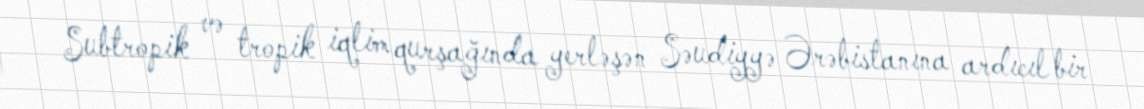
Subtropik və tropik iqlim qurşağında yerləşən Səudiyyə Ərəbistanına ardıcıl bir